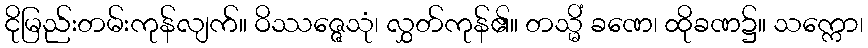
ငိုမြည်းတမ်းကုန်လျက်။ ဝိဿဇ္ဇေသုံ၊ လွှတ်ကုန်၏။ တသ္မိံ ခဏေ၊ ထိုခဏ၌။ သက္ကော၊